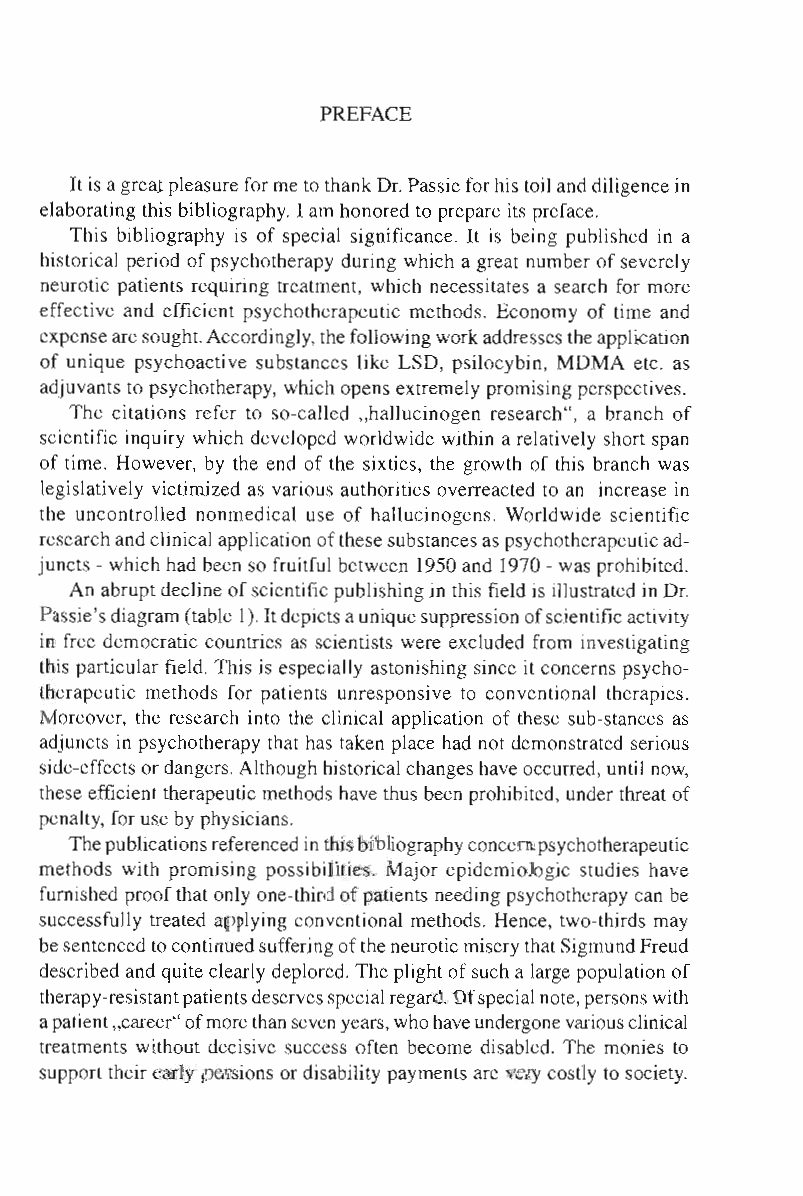
PREFACE
 It is a great pleasure for me to thank Dr. Passie for his toil and diligence in
 elaborating this bibliography. I am honored to prepare its preface.
 This bibliography is of special significance. It is being published in a
 historical period of psychotherapy during which a great number of severely
 neurotic patients requiring treatment, which necessitates a search for more
 effective and efficient psychotherapeutic methods. Economy of time and
 expense are sought. Accordingly, the following work addresses the appLication
 of unique psychoactive substances like LSD, psilocybin, MDMA etc. as
 adjuvants to psychotherapy, which opens extremely promising perspectives.
 The citations refer to so-called "hallucinogen research", a branch of
 scientific inquiry which developed worldwide within a relatively short span
 of time. However, by the end of the sixties, the growth of this branch was
 legislatively victimized as various authorities overreacted to an increase in
 the uncontrolled nonmedical use of hallucinogens. Worldwide scientific
 research and clinical application of these substances as psychotherapeutic ad­
 juncts - which had been so fruitful between 1950 and 1970 - was prohibited.
 An abrupt decline of scientific publishing in this field is illustrated in Dr.
 Passie's diagram (table I). It depicts a unique suppression of scientific activity
 in free democratic countries as scientists were excluded from investigating
 this particular field. This is especially astonishing since it concerns psycho­
 therapeutic methods for patients unresponsive to conventional therapies.
 Moreover, the research into the clinical application of these sub-stances as
 adjuncts in psychotherapy that has taken place had not demonstrated serious
 side-effects or dangers. Although historical changes have occurred, until now,
 these efficient therapeutic methods have thus been prohibited, under threat of
 penalty, for use by physicians.
 The publications referenced in this bibliography concern psychotherapeutic
 methods with promising possibilities. Major epidemiologic studies have
 furnished proof that only one-third of patients needing psychotherapy can be
 successfully treated applying conventional methods. Hence, two-thirds may
 be sentenced to continued suffering of the neurotic misery that Sigmund Freud
 described and quite clearly deplored. The plight of such a large population of
 therapy-resistant patients deserves special regard. Ofspecial note, persons with
 a patient "career" of more than seven years, who have undergone various clinical
 treatments without decisive success often become disabled. The monies to
 support their early pensions or disability payments are very costly to society.